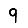
Digit: 9